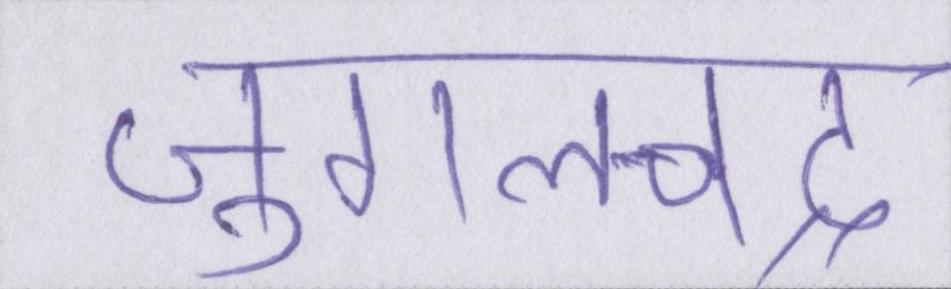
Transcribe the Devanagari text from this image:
जुगलचंद्र